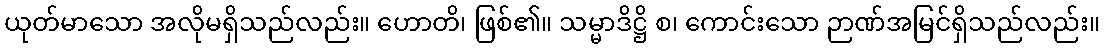
ယုတ်မာသော အလိုမရှိသည်လည်း။ ဟောတိ၊ ဖြစ်၏။ သမ္မာဒိဋ္ဌိ စ၊ ကောင်းသော ဉာဏ်အမြင်ရှိသည်လည်း။